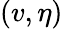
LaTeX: (v,\eta)